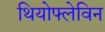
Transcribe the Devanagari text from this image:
थियोफ्लेविन